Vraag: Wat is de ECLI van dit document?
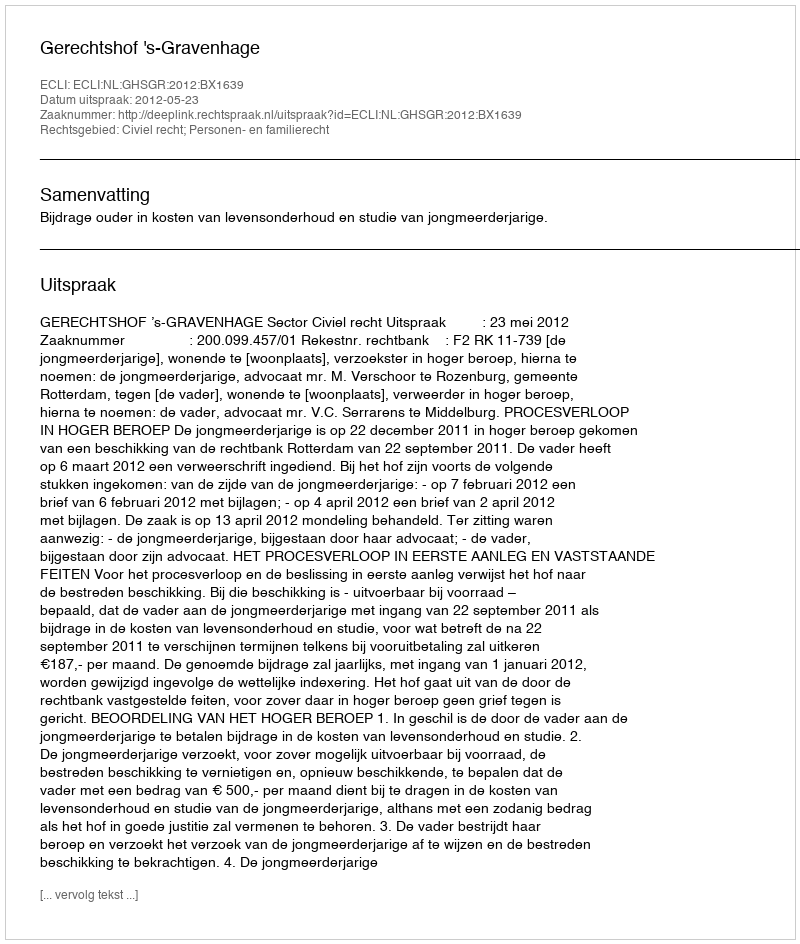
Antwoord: ECLI:NL:GHSGR:2012:BX1639